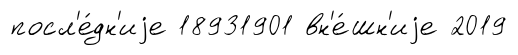
посл'е́дн'иjе 18931901 вн'е́шн'иjе 2019